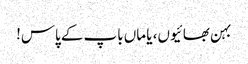
بہن بھائیوں، یا ماں باپ کے پاس!